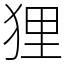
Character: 狸